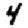
Digit: 4